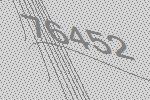
76452